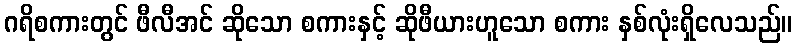
ဂရိစကားတွင် ဖီလီအင် ဆိုသော စကားနှင့် ဆိုဖီယားဟူသော စကား နှစ်လုံးရှိလေသည်။